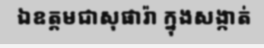
ឯឧត្តមជាសុផារ៉ា ក្នុងសង្កាត់